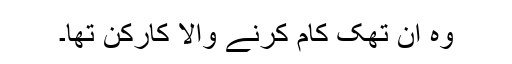
وہ ان تھک کام کرنے والا کارکن تھا۔